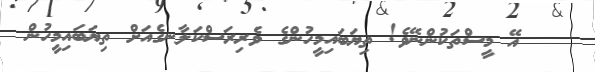
އޭ މީސްތަކުންނޭވެ! ތިޔަބައިމީހުންގެ ވެރިރަސްކަލާނގެއަށް ތިޔަބައިމީހުން